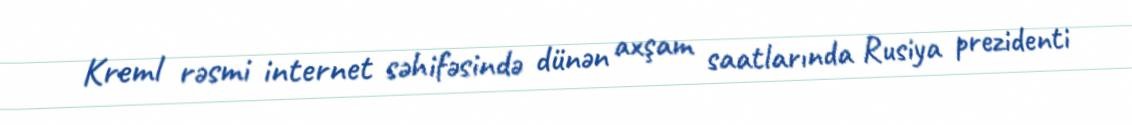
Kreml rəsmi internet səhifəsində dünən axşam saatlarında Rusiya prezidenti